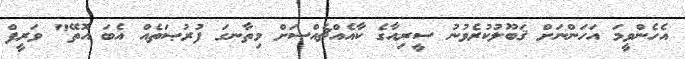
އެހެންވީމަ އަހަންނަށް ޤަބޫލުކުރެވުނު ސީރިއާގެ ކާއެއްޗެއްސަށް މިތާނގަ ފުރުޞަތެއް އެބަ އޮތޭ" ވަރީފް